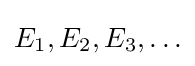
E_{1},E_{2},E_{3},\ldots